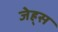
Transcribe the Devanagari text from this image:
जेह्र्स